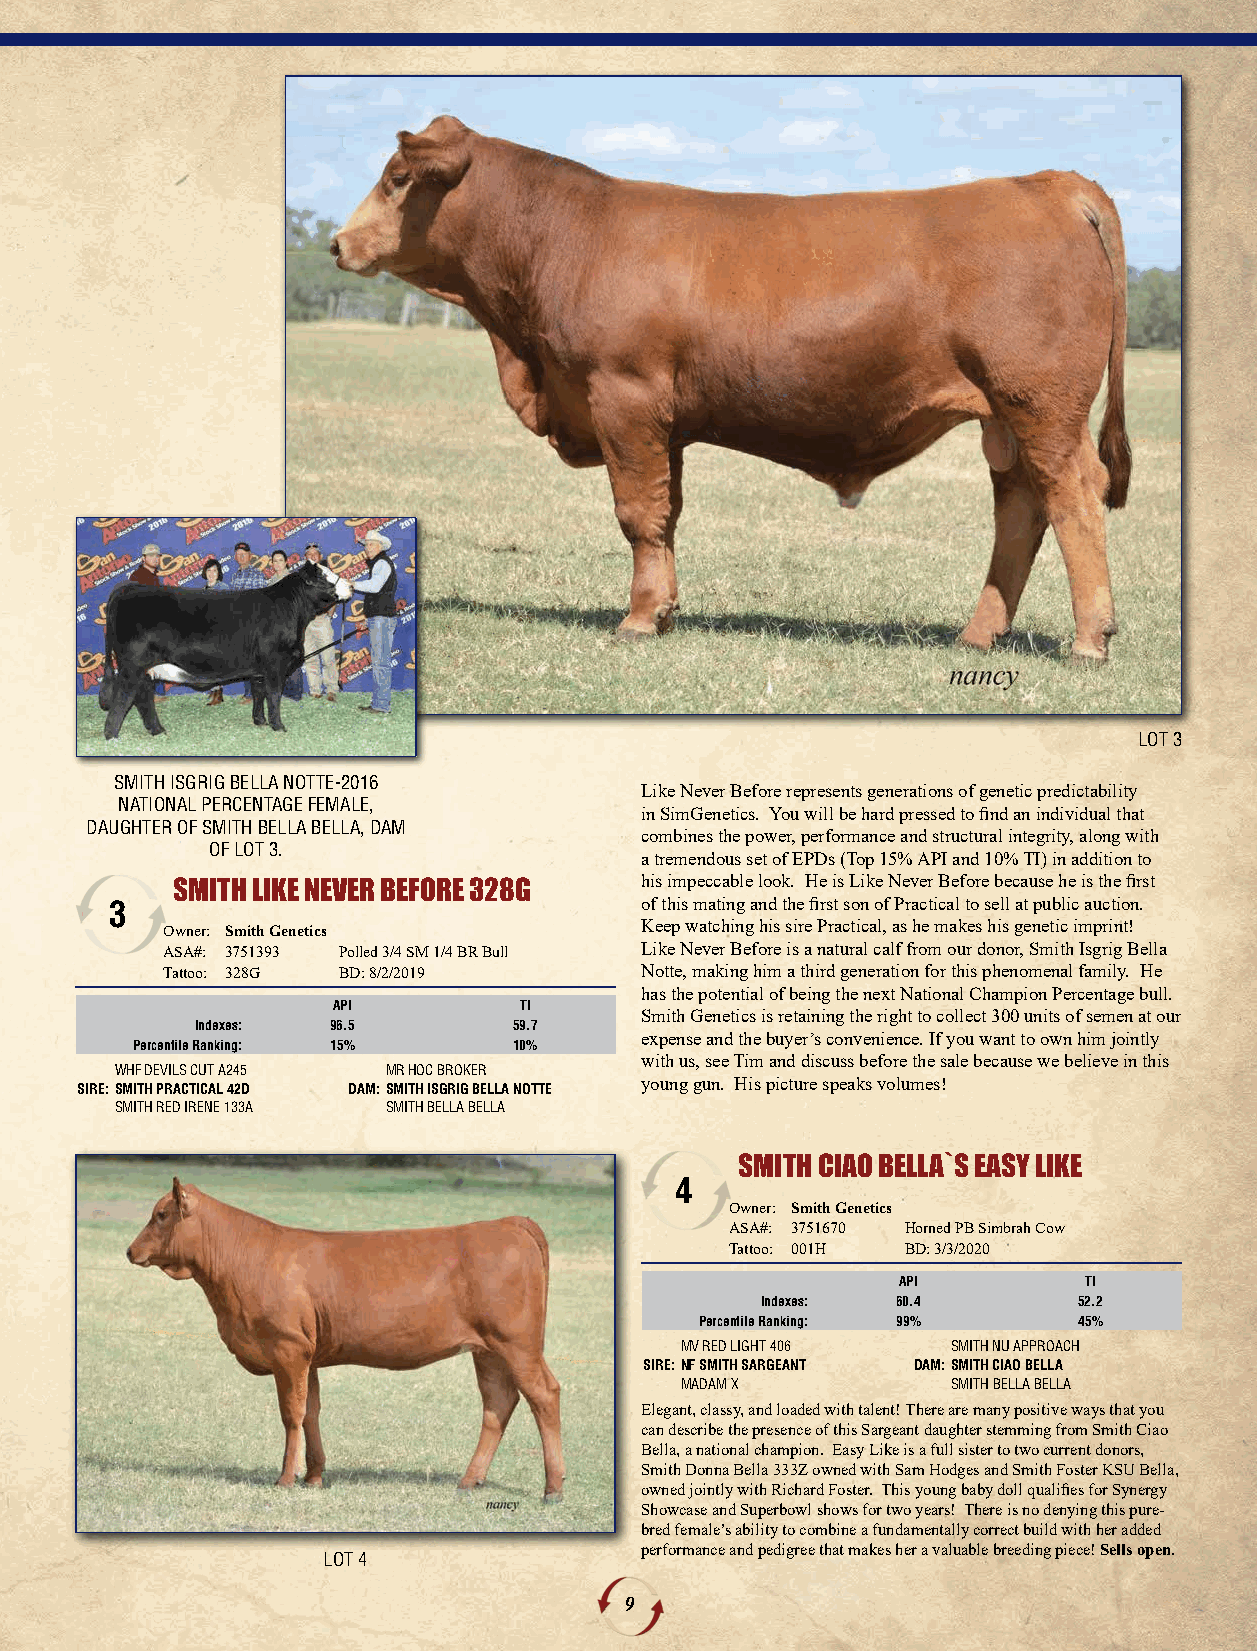
LOT 3
 SMITH ISGRIG BELLA NOTTE-2016
 Like Never Before represents generations of genetic predictability
 NATIONAL PERCENTAGE FEMALE,
 in SimGenetics. You will be hard pressed to find an individual that
 DAUGHTER OF SMITH BELLA BELLA, DAM
 combines the power, performance and structural integrity, along with
 OF LOT 3.
 a tremendous set of EPDs (Top 15% API and 10% TI) in addition to
 his impeccable look. He is Like Never Before because he is the first
 SMITH LIKE NEVER BEFORE 328G
 3                                  of this mating and the first son of Practical to sell at public auction.
 Keep watching his sire Practical, as he makes his genetic imprint!
 Owner: Smith Genetics
 ASA#: 3751393 Polled 3/4 SM 1/4 BR Bull Like Never Before is a natural calf from our donor, Smith Isgrig Bella
 Tattoo: 328G BD: 8/2/2019      Notte, making him a third generation for this phenomenal family. He
 has the potential of being the next National Champion Percentage bull.
 API         TI
 Smith Genetics is retaining the right to collect 300 units of semen at our
 Indexes: 96.5        59.7
 expense and the buyer’s convenience. If you want to own him jointly
 Percentile Ranking: 15%  10%
 with us, see Tim and discuss before the sale because we believe in this
 WHF DEVILS CUT A245 MR HOC BROKER
 SIRE:SMITH PRACTICAL 42D DAM:SMITH ISGRIG BELLA NOTTE young gun. His picture speaks volumes!
 SMITH RED IRENE 133A SMITH BELLA BELLA
 SMITH CIAO BELLA`S EASY LIKE
 4
 Owner: Smith Genetics
 ASA#: 3751670 Horned PB Simbrah Cow
 Tattoo: 001H BD: 3/3/2020
 API          TI
 Indexes: 60.4        52.2
 Percentile Ranking: 99%  45%
 MV RED LIGHT 406  SMITH NU APPROACH
 SIRE:NF SMITH SARGEANT DAM:SMITH CIAO BELLA
 MADAM X           SMITH BELLA BELLA
 Elegant, classy, and loaded with talent! There are many positive ways that you
 can describe the presence of this Sargeant daughter stemming from Smith Ciao
 Bella, a national champion. Easy Like is a full sister to two current donors,
 Smith Donna Bella 333Z owned with Sam Hodges and Smith Foster KSU Bella,
 owned jointly with Richard Foster. This young baby doll qualifies for Synergy
 Showcase and Superbowl shows for two years! There is no denying this pure-
 bred female’s ability to combine a fundamentally correct build with her added
 performance and pedigree that makes her a valuable breeding piece! Sells open.
 LOT 4
 9